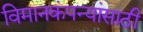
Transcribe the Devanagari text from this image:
विमानकंपन्यांसाठी